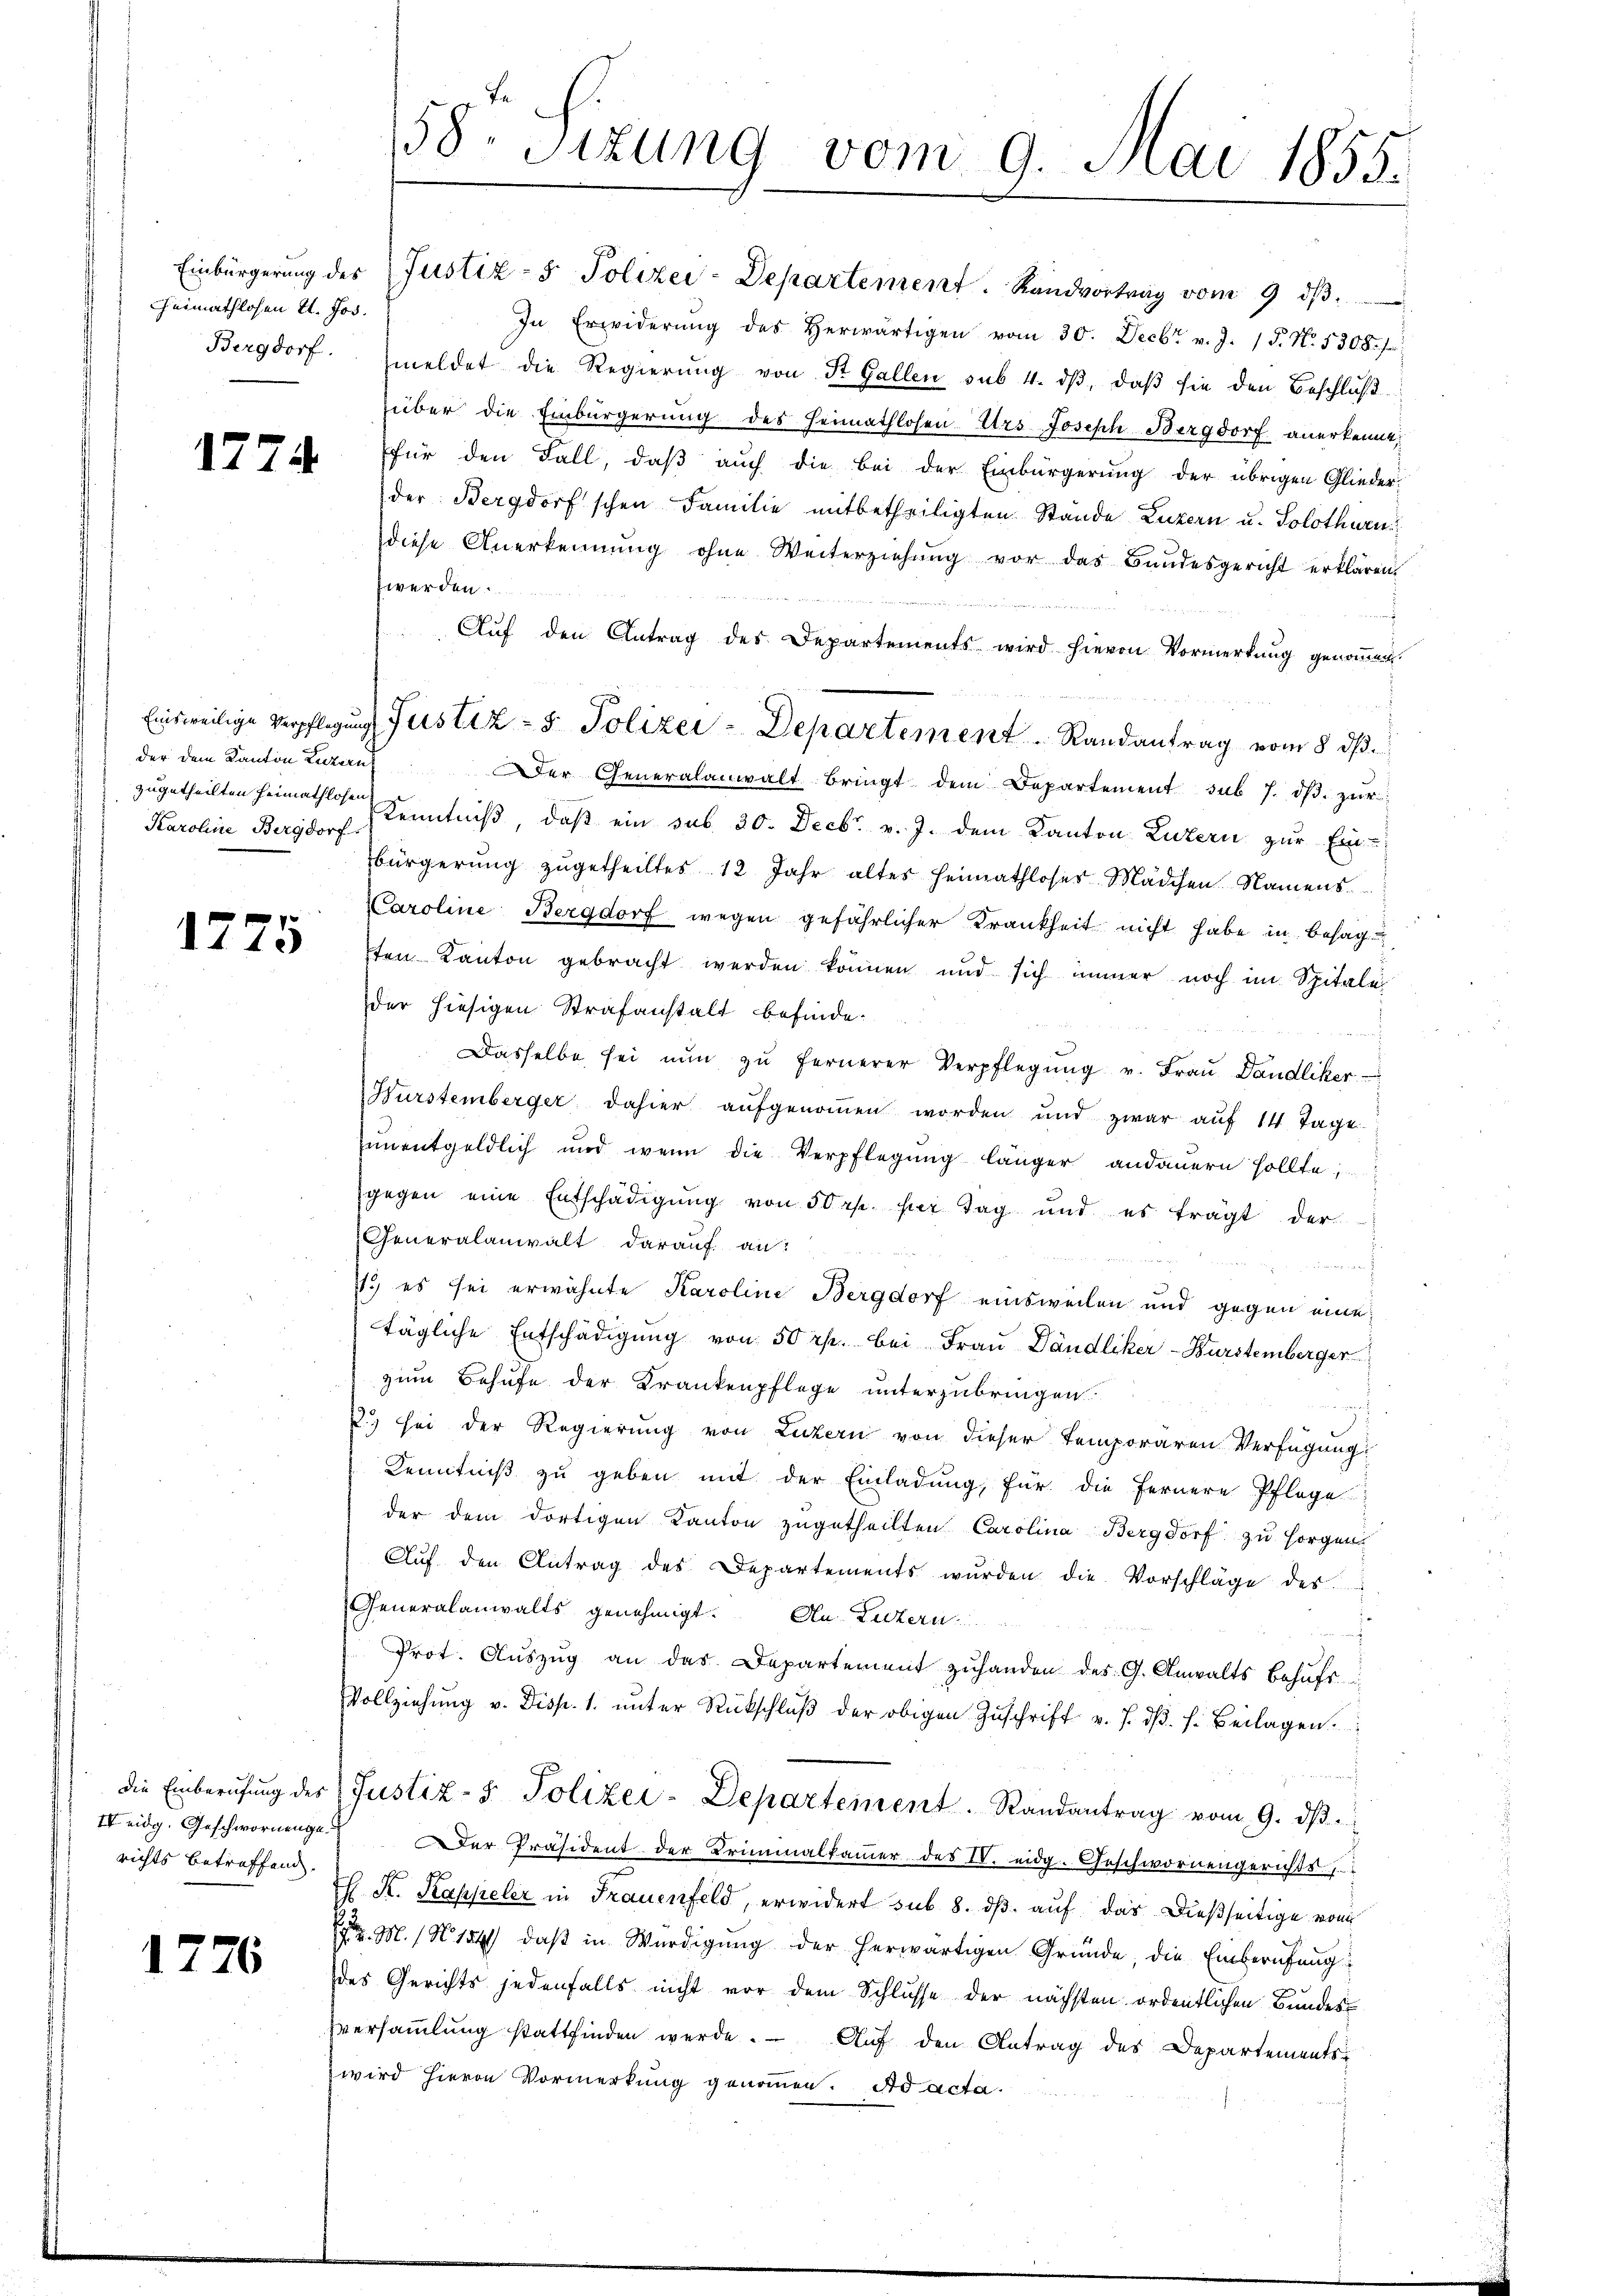
Heimathlosen 11. Jos.

1776

1774

Karoline Bergdorf.

1775

richts betreffend.

58. Sizung vom 9. Mai 1855.

Einbürgerung des (Justiz- & Polizei-Departement. Randvortrag vom 9. dβ.
In Erwiderŭng des herwärtigen vom 30. Decbr. v. J. 18. No. 5308. fr.
Bergdorf: meldet die Regierung von St. Gallen sub 4. dβ, daß sie den Beschluß
über die Einbürgerung des Heimathlosen Urs Joseph Bergdorf anerkenne,
für den Fall, daβ aŭch die bei der Einbürgerŭng der übrigen Glieder-
der Bergdorf'schen Familie mitbetheiligten Stände Luzern u. Solothurn
diese Anerkennung ohne Weiterziehŭng vor das Bandesgericht erklären.
werden.
J
Aŭf den Antrag des Departements wird hievon Vormerkung genoṁen.
der dem Kanton Luzern Der Generalanwalt bringt dem Departement sub 7. dβ. zŭr
zugetheilten Heimathe Kenntniß, daß ein sub 30. Decbr v. J. dem Kanton Luzern zur Einbürgerŭng zŭgetheiltes 12 Jahr altes Heimathloses Mädchen Namens
Caroline Bergdorf wegen gefährlicher Krankheit nicht habe in besagten Kanton gebracht werden können und sich immer noch im Spitale
der hiesigen Strafanstalt befinde.
Dasselbe sei nŭn zŭ fernerer Verpflegŭng v. Fraŭ Dändliker
Würstemberger dahier aufgenommen worden und zwar aŭf 14 Tage
unentgeldlich und wenn die Verpflegung länger andauern sollte;
gegen eine Entschädigŭng von 50 rp. für Tag und es trägt der
Generalanwalt darauf an:
.
7.) es sei erwähnte Karoline Bergdorf einsweilen und gegen eine
tägliche Entschädigŭng von 50 rp. bei Frau Dändliker-Bürstemberger
zum Behufe der Krankenpflege unterzubringen.
i
) sei der Regierung von Luzern von dieser temporären Verfügung:
Kenntniß zu geben mit der Einladung, für die fernere Pflege
der dem dortigen Kanton zugetheilten Carolina Bergdorf zu sorgen.
Aŭf den Antrag des Departements wŭrden die Vorschläge des
Generalanwalts genehmigt. An Luzern
Prot. Aŭszŭg an das Departement zŭhanden des G. Anwalts behŭfs
Vollziehŭng v. Disp. 1. ŭnter Rückschlŭβ der obigen Zŭschrift v. J. dβ. s. Beilagen.
die Einberŭfŭng der Justiz- & Polizei-Departement. Randantrag vom 9. dβ.
IV eidg. Geschwornenge der Präsident der Kriminalkammer des IV. eidg. Geschwornengerichts,
Th K. Kappeler in Frauenfeld, erwidert sub 8. dβ. auf das dießseitige vom
E. M. N. 154) daß in Würdigung der herwärtigen Gründe, die Einberufung
des Gerichts jedenfalls nicht vor dem Schlusse der nächsten ordentlichen Bundes
Eversaṁlŭng stattfinden werde. Auf den Antrag des Departements-
wird hievon Vormerkung genommen. Ad acta.

Einsweilige Verpflegung Justiz- & Polizei-Departement  .  Randantrag vom 8. dβ.